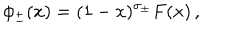
\phi _ { \pm } ( x ) = ( 1 - x ) ^ { \sigma _ { \pm } } F ( x ) \, ,